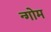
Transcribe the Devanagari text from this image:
न्गोम